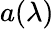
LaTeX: a(\lambda)